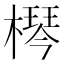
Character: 𣚶